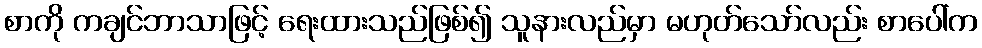
စာကို ကချင်ဘာသာဖြင့် ရေးထားသည်ဖြစ်၍ သူနားလည်မှာ မဟုတ်သော်လည်း စာပေါ်က